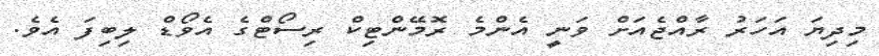
މިދިޔަ އަހަރު ރާއްޖެއަށް ވަނީ އެންމެ ރޮމޭންޓިކް ރިސޯޓްގެ އެވޯޑް ލިބިފަ އެވެ.